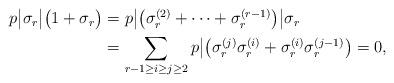
LaTeX: \begin{align*}\begin{aligned}p\big| \sigma_r \big| \big(1+\sigma_r \big)&= p\big| \big( \sigma_{r}^{(2)}+\cdots + \sigma_{r}^{(r-1)}\big) \big|\sigma_r\\&=\sum_{r-1\ge i\ge j \ge2} p\big|\big(\sigma_{r}^{(j)}\sigma_{r}^{(i)}+\sigma_{r}^{(i)}\sigma_{r}^{(j-1)}\big)=0,\end{aligned}\end{align*}